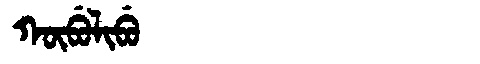
Manchu: ᡴᡡᠪᡠᠯᡳᠪᡠ
Romanization: KŪBULIBU